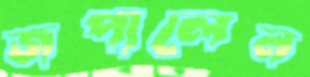
জপালেন